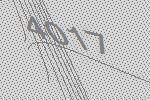
4017